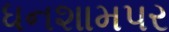
ધનશામપર